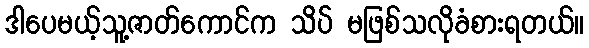
ဒါပေမယ့်သူ့ဇာတ်ကောင်က သိပ် မဖြစ်သလိုခံစားရတယ်။